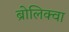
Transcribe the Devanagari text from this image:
ब्रोलिक्वा